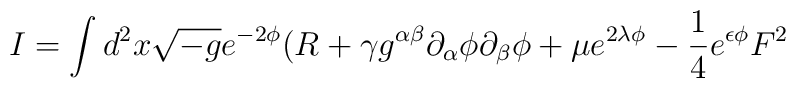
I = \int d^2 x \sqrt{-g} e^{-2 \phi} ( R + \gamma g^{\alpha \beta} \partial_{\alpha} \phi \partial_{\beta} {\phi} + \mu e^{2 \lambda \phi}  -\frac{1}{4} e^{\epsilon \phi} F^2